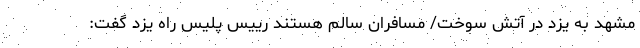
مشهد به یزد در آتش سوخت/ مسافران سالم هستند رییس پلیس راه یزد گفت: